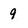
Character: 9